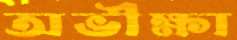
অভীক্ষা